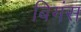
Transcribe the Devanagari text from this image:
बिगंस